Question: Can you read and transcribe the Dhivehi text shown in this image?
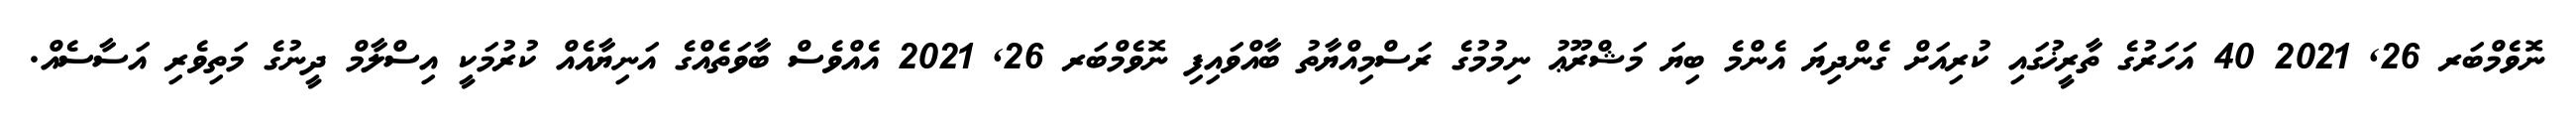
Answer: ނޮވެމްބަރ 26, 2021 40 އަހަރުގެ ތާރީޚުގައި ކުރިއަށް ގެންދިޔަ އެންމެ ބިޔަ މަޝްރޫޢު ނިމުމުގެ ރަސްމިއްޔާތު ބާއްވައިފި ނޮވެމްބަރ 26, 2021 އެއްވެސް ބާވަތެއްގެ އަނިޔާއެއް ކުރުމަކީ އިސްލާމް ދީނުގެ މަތިވެރި އަސާސެއް.